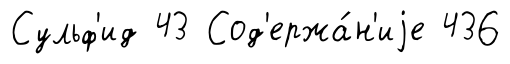
Сульф'ид 43 Сод'ержа́н'иjе 436